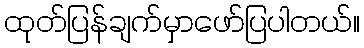
ထုတ်ပြန်ချက်မှာဖော်ပြပါတယ်။